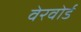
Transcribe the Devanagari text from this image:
वेरवोर्ड